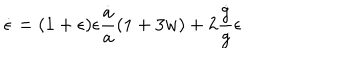
LaTeX: \dot { \epsilon } = ( 1 + \epsilon ) \epsilon { \frac { \dot { a } } { a } } { \left( 1 + 3 w \right) } + 2 { \frac { \dot { g } } { g } } \epsilon